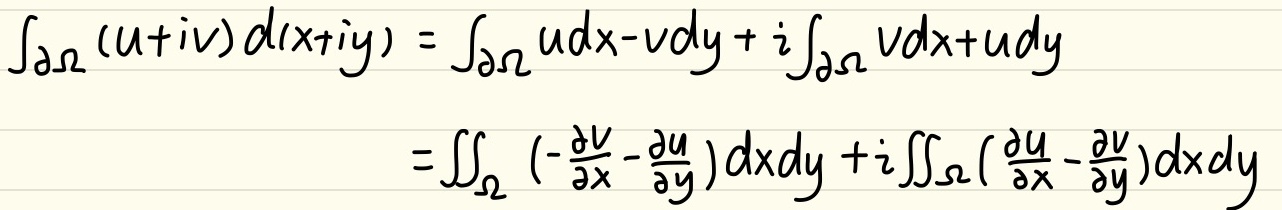
\[\begin{align*}
\int_{\partial\Omega}(u + iv)d(x + iy)&=\int_{\partial\Omega}udx - vdy + i\int_{\partial\Omega}vdx + udy\\
&=\iint_{\Omega}\left(-\frac{\partial v}{\partial x}-\frac{\partial u}{\partial y}\right)dxdy + i\iint_{\Omega}\left(\frac{\partial u}{\partial x}-\frac{\partial v}{\partial y}\right)dxdy
\end{align*}\]